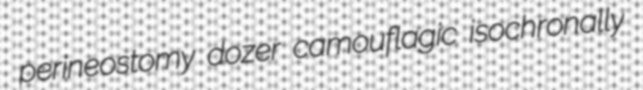
perineostomy dozer camouflagic isochronally